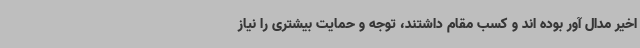
اخیر مدال آور بوده اند و کسب مقام داشتند، توجه و حمایت بیشتری را نیاز